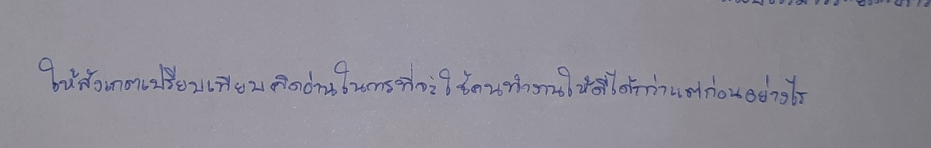
ให้สังเกตเปรียบเทียบคิดอ่านในการที่จะใช้คนทำงานให้ดีได้กว่าแต่ก่อนอย่างไร